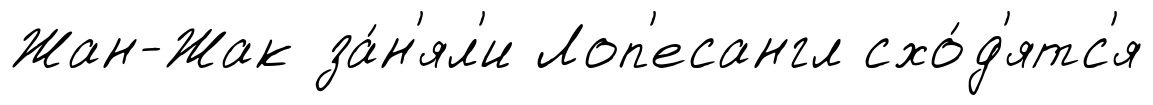
Жан-Жак за́н'ял'и Лоп'есангл схо́д'ятс'я